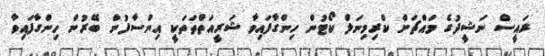
ރައީސް ނަޝީދުގެ މައްޗަށް ކްރިމިނަލް ކޯޓުން ހިންގާފައިވާ ޝަރީއަތްތަތަކީ އިންސާފުން ބޭރުން ހިންގާފައިވާ